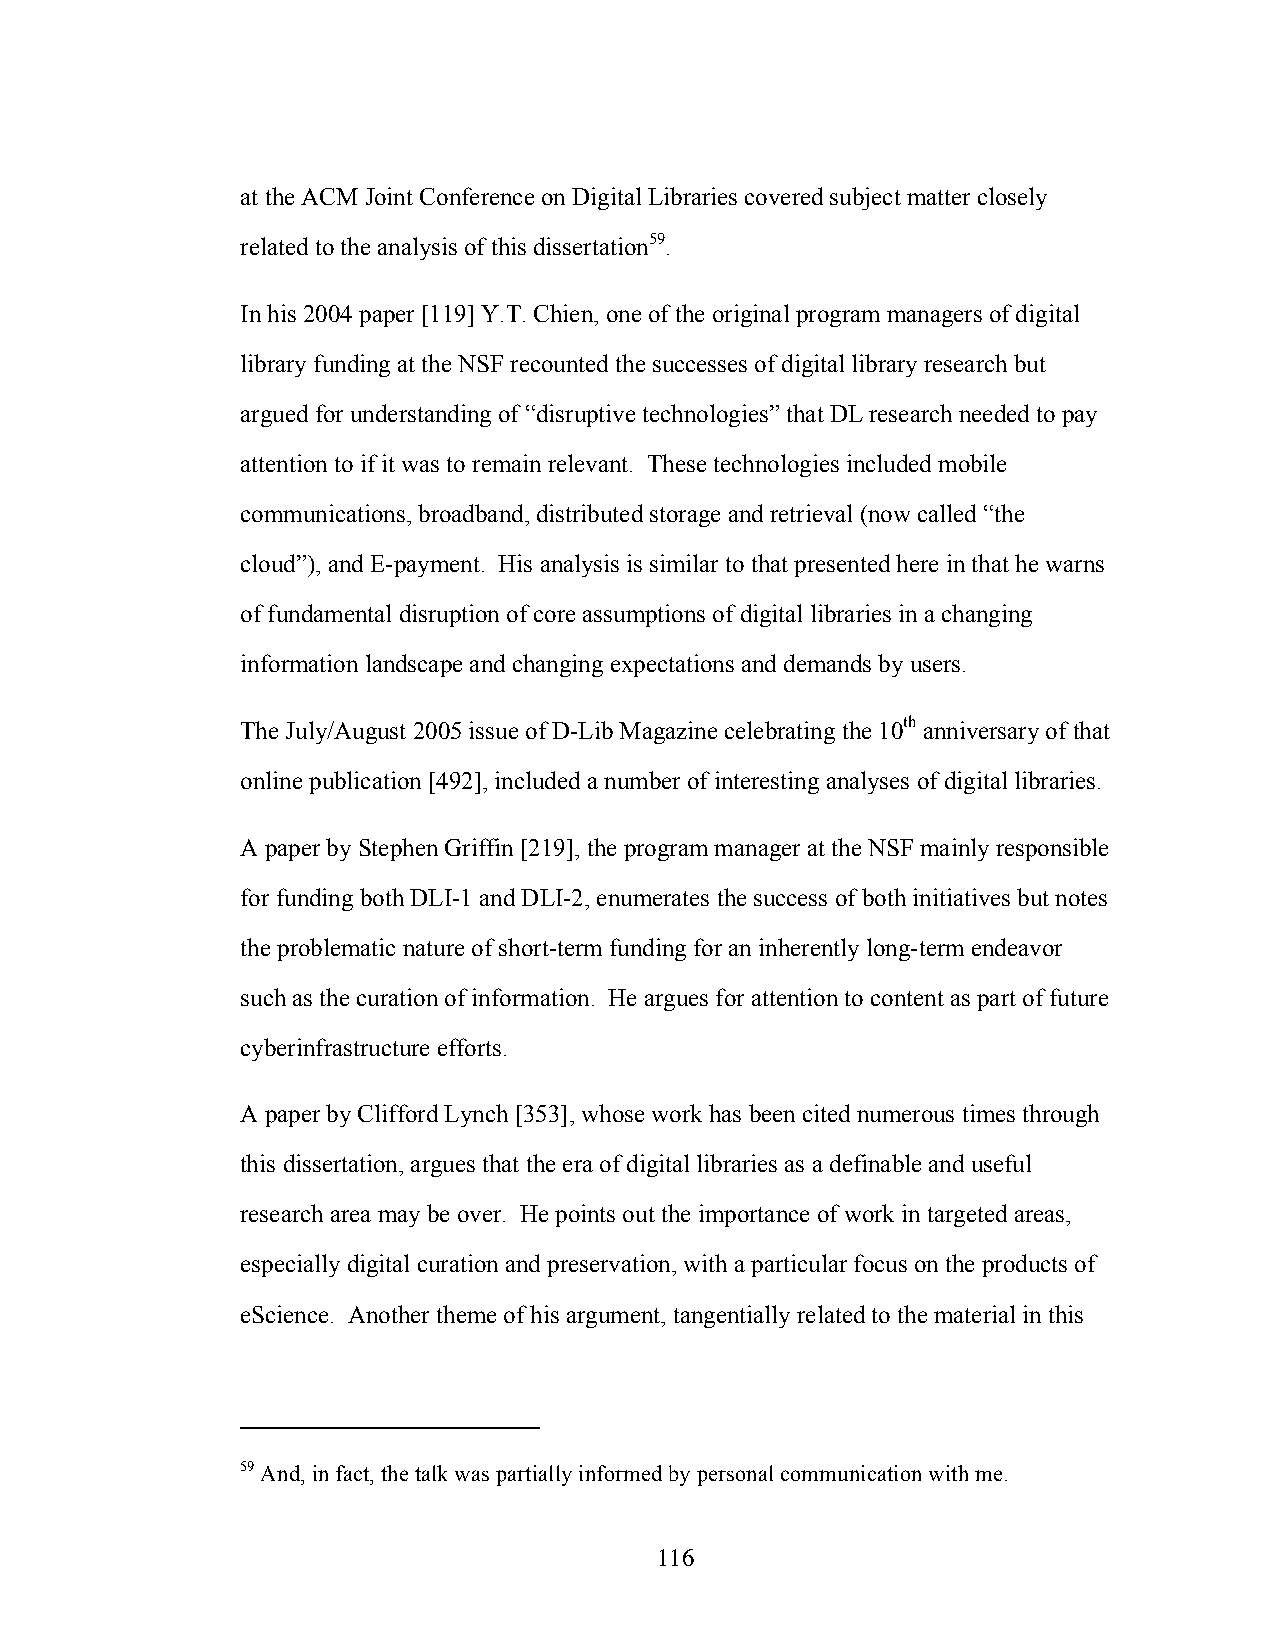
at the ACM Joint Conference on Digital Libraries covered subject matter closely
 related to the analysis of this dissertation59.
 In his 2004 paper [119] Y.T. Chien, one of the original program managers of digital
 library funding at the NSF recounted the successes of digital library research but
 argued for understanding of “disruptive technologies” that DL research needed to pay
 attention to if it was to remain relevant. These technologies included mobile
 communications, broadband, distributed storage and retrieval (now called “the
 cloud”), and E-payment. His analysis is similar to that presented here in that he warns
 of fundamental disruption of core assumptions of digital libraries in a changing
 information landscape and changing expectations and demands by users.
 The July/August 2005 issue of D-Lib Magazine celebrating the 10th anniversary of that
 online publication [492], included a number of interesting analyses of digital libraries.
 A paper by Stephen Griffin [219], the program manager at the NSF mainly responsible
 for funding both DLI-1 and DLI-2, enumerates the success of both initiatives but notes
 the problematic nature of short-term funding for an inherently long-term endeavor
 such as the curation of information. He argues for attention to content as part of future
 cyberinfrastructure efforts.
 A paper by Clifford Lynch [353], whose work has been cited numerous times through
 this dissertation, argues that the era of digital libraries as a definable and useful
 research area may be over. He points out the importance of work in targeted areas,
 especially digital curation and preservation, with a particular focus on the products of
 eScience. Another theme of his argument, tangentially related to the material in this
 59 And, in fact, the talk was partially informed by personal communication with me.
 116